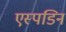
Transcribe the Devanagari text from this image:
एस्पडिन